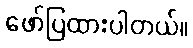
ဖော်ပြထားပါတယ်။